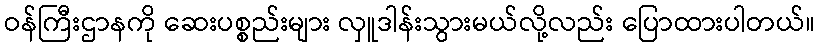
ဝန်ကြီးဌာနကို ဆေးပစ္စည်းများ လှူဒါန်းသွားမယ်လို့လည်း ပြောထားပါတယ်။